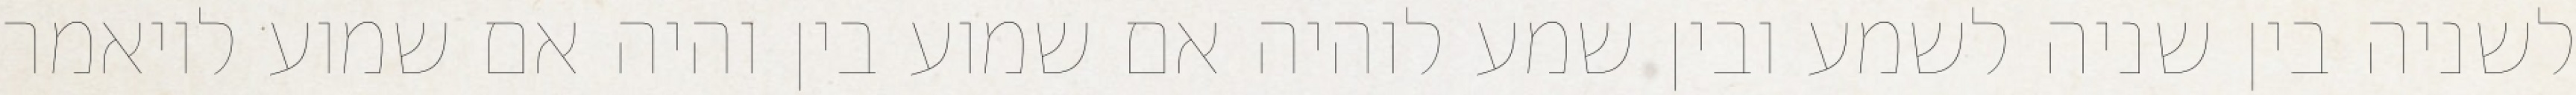
לשניה בין שניה לשמע ובין שמע לוהיה אם שמוע בין והיה אם שמוע לויאמר